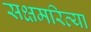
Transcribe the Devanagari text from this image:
सक्षमरित्या